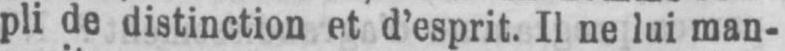
pli de distinction et d’esprit. Il ne lui man-